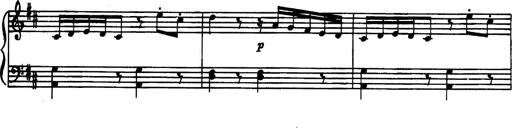
Title: 34 Keyboard Sonatinas
Composer: Georg Benda